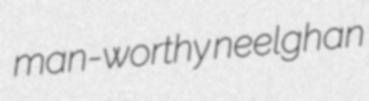
man-worthy neelghan